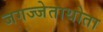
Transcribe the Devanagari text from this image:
जगज्जेताथोता